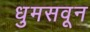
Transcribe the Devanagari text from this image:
धुमसवून